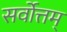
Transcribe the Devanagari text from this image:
सर्वोत्तम्